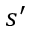
s ^ { \prime }